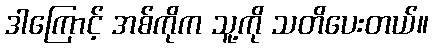
ဒါကြောင့် အစ်ကိုက သူ့ကို သတိပေးတယ်။